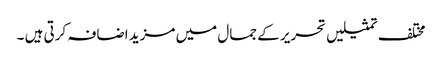
مختلف تمثیلیں تحریر کے جمال میں مزید اضافہ کرتی ہیں ۔